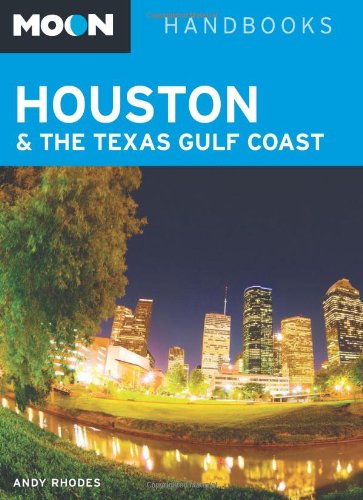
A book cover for Moon Houston & the Texas Gulf Coast (Moon Handbooks); Andy Rhodes; Travel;